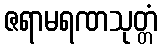
ဇရာမရဏသုတ္တံ